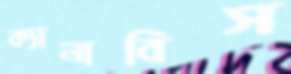
ক্যানাবিস